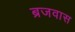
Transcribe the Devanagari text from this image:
ब्रजवास